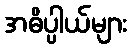
အဓိပ္ပါယ်များ